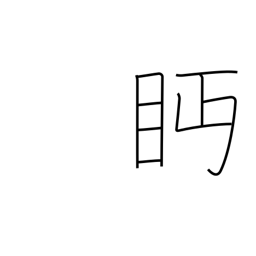
Meaning: looking askance